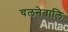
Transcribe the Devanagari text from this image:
चलनेवालि